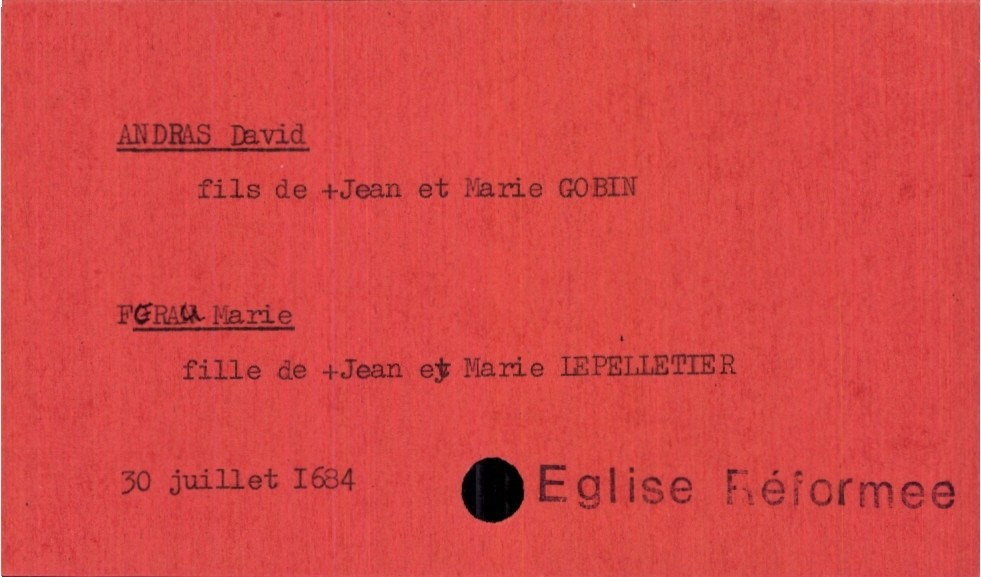
type_acte: Mariage
année: 1684
mois: juillet
jour: 30
observations: Eglise Réformee
marié_nom: Andras
marié_prénom: David
père_marié_nom: Andras
père_marié_prénom: Jean
père_marié_statut: décédé
mère_marié_nom: Gobin
mère_marié_prénom: Marie
mariée_nom: Ferau
mariée_prénom: Marie
père_mariée_nom: Ferau
père_mariée_prénom: Jean
père_mariée_statut: décédé
mère_mariée_nom: Lepelletier
mère_mariée_prénom: Marie